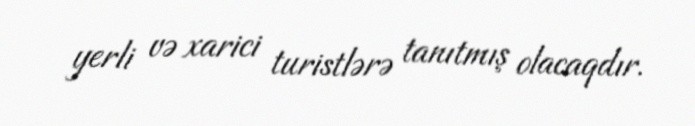
yerli və xarici turistlərə tanıtmış olacaqdır.